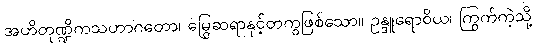
အဟိတုဏ္ဍိကသဟာဂတော၊ မြွေဆရာနှင့်တကွဖြစ်သော။ ဥန္ဒူရောဝိယ၊ ကြွက်ကဲ့သို့